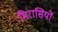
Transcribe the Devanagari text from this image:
मिरासियों